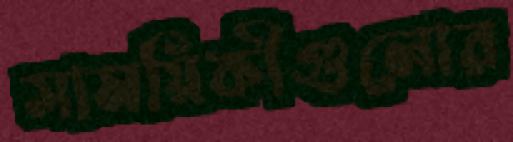
সাময়িকীগুলোর